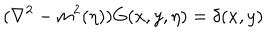
( { \nabla } ^ { 2 } - m ^ { 2 } ( \eta ) ) G ( x , y , \eta ) = \delta ( x , y )